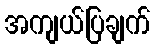
အကျယ်ပြချက်